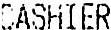
CASHIER